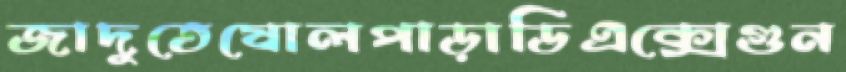
জাদুতেষোলপাড়াডিএক্সেগুন